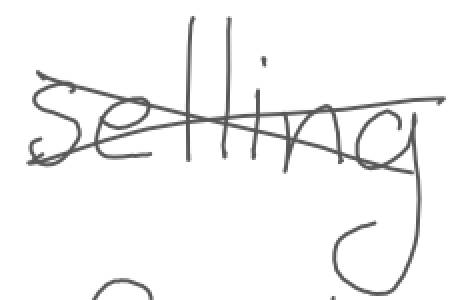
Text: selling
Cross-out: cross
Writing tool: digital_gray